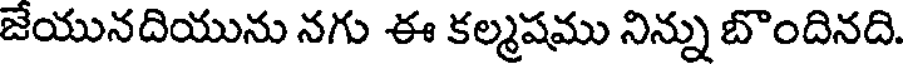
జేయునదియును నగు ఈ కల్మషము నిన్ను బొందినది.